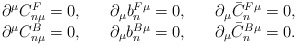
\begin{align*}\begin{array}{ccc} \partial^\mu C_{n\mu}^F=0, & \quad \partial_\mu b_n^{F\mu}=0, & \quad \partial_\mu \bar{C}_n^{F\mu}=0, \\ \partial^\mu C_{n\mu}^B=0, & \quad \partial_\mu b_n^{B\mu}=0, & \quad \partial_\mu \bar{C}_n^{B\mu}=0. \end{array}\end{align*}